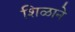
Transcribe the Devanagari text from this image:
शिळाने